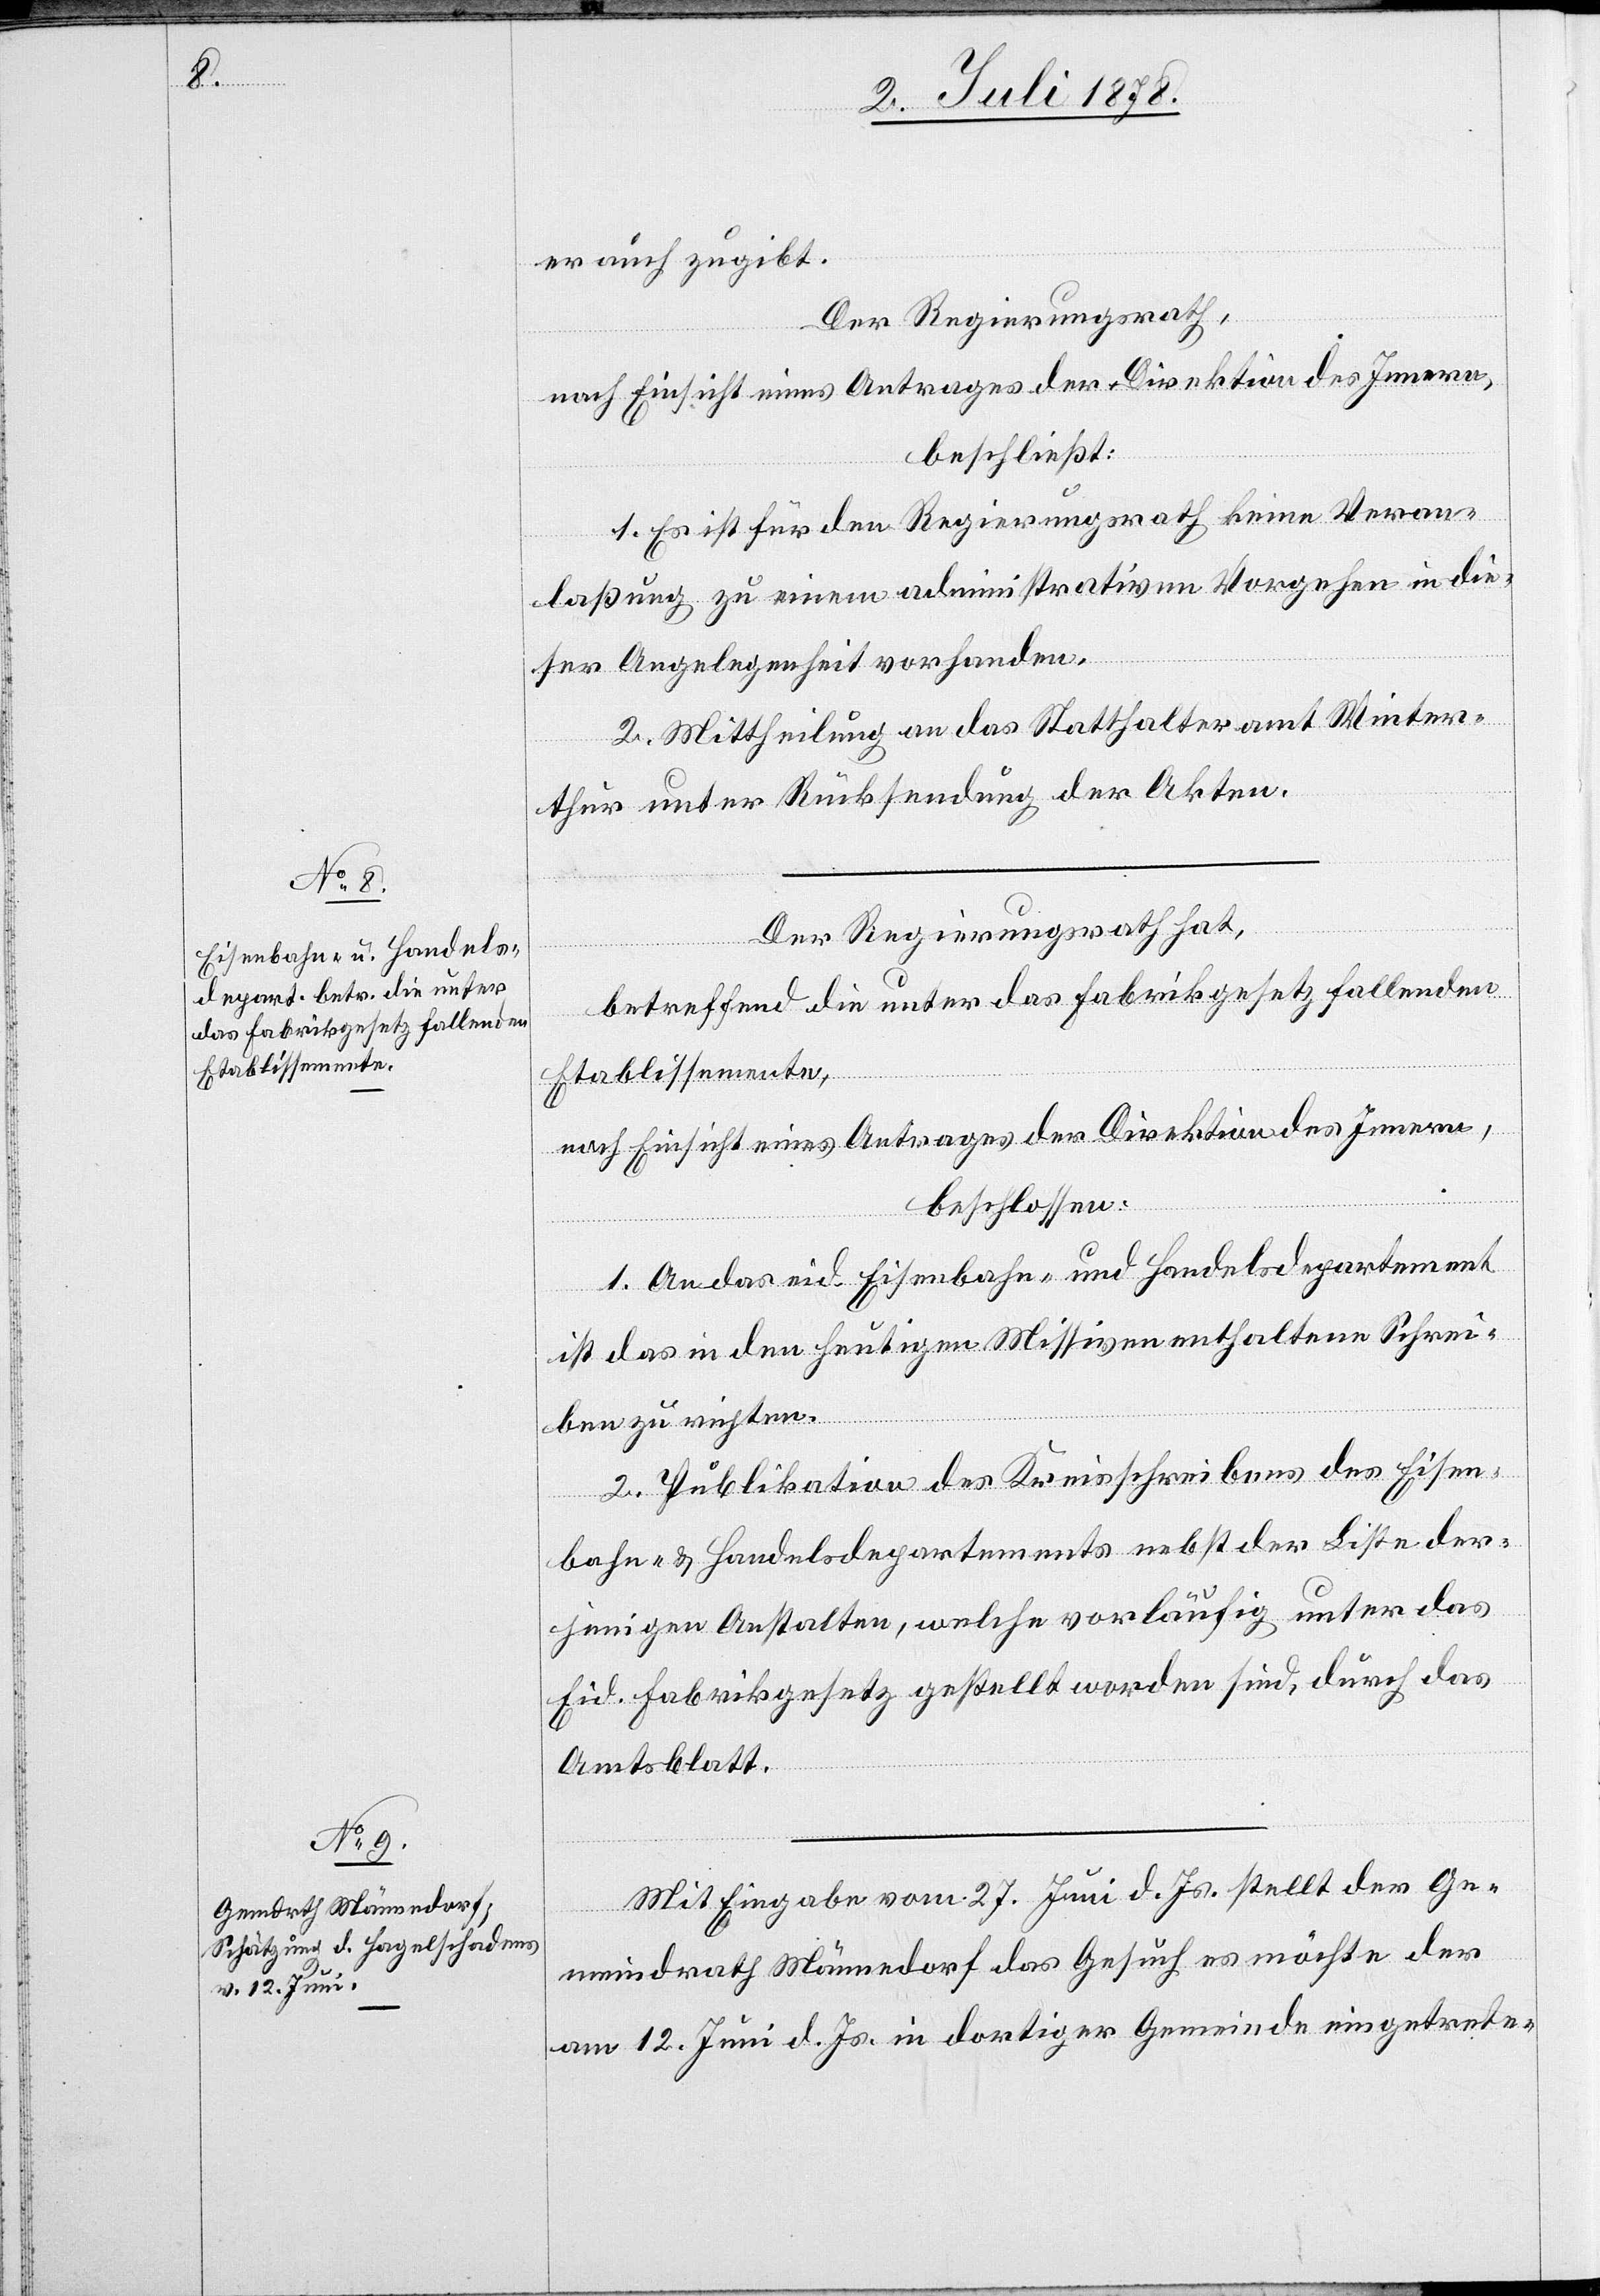
er auch zugibt.
Der Regierungsrath,
nach Einsicht eines Antrages der Direktion des Innern,
beschließt:
1. Es ist für den Regierungsrath keine Veran¬
laßung zu einem administrativen Vorgehen in die¬
ser Angelegenheit vorhanden.
2. Mittheilung an das Statthalteramt Winter¬
thur unter Rücksendung der Akten.
Der Regierungsrath hat,
betreffend die unter das Fabrikgesetz fallenden
Etablissemente,
nach Einsicht eines Antrages der Direktion des Innern,
beschlossen:
1. An das eid. Eisenbahn- und Handelsdepartement
ist das in den heutigen Missiven enthaltene Schrei¬
ben zu richten.
2. Publikation des Kreisschreibens des Eisen¬
bahn- & Handelsdepartements nebst der Liste der¬
jenigen Anstalten, welche vorläufig unter das
Eid. Fabrikgesetz gestellt worden sind, durch das
Amtsblatt.
Mit Eingabe vom 27. Juni d. Js. stellt der Ge¬
meindrath Männedorf das Gesuch es möchte der
am 12. Juni d. Js. in dortiger Gemeinde eingetrete-